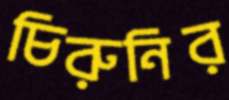
চিরুনির